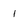
Character: i